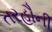
તરહૌની